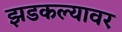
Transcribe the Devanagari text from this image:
झडकल्यावर